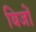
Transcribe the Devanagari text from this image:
बिजों